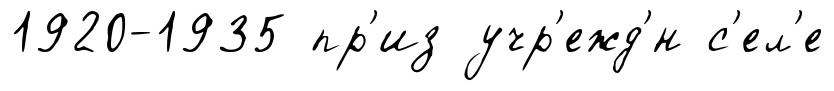
1920-1935 пр'из учр'ежд'́н с'ел'е